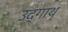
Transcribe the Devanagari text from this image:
उद्गाथ